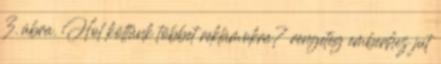
3. ábra. Hol költünk többet reklámokra? rengeteg emberhez jut